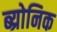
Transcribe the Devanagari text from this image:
ब्य्रोनिक